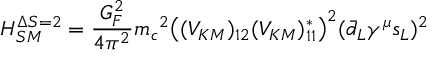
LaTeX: { \cal H } _ { S M } ^ { \Delta S = 2 } = \frac { G _ { F } ^ { 2 } } { 4 { \pi } ^ { 2 } } { m _ { c } } ^ { 2 } \big ( ( V _ { K M } ) _ { 1 2 } ( V _ { K M } ) _ { 1 1 } ^ { * } \big ) ^ { 2 } ( \bar { d } _ { L } \gamma ^ { \mu } s _ { L } ) ^ { 2 }